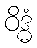
ဝိဒ္ဓံ